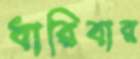
ধারিবার